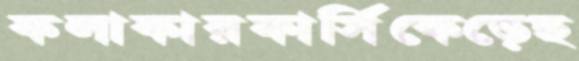
কলাকারফার্সিকেড়েছ